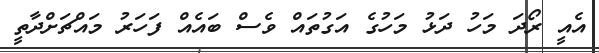
އެއީ ރޯދަ މަހު ދަޅު މަހުގެ އަގުތައް ވެސް ބައެއް ފަހަރު މައްޗަށްދާތީ